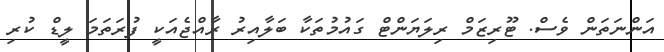
އަންނަތަން ވެސް. ޓޫރިޒަމް ރިލަޔަންޓް ގައުމުތަކާ ބަލާއިރު ރާއްޖެއަކީ ފުރަތަމަ ލީޑް ކުރި